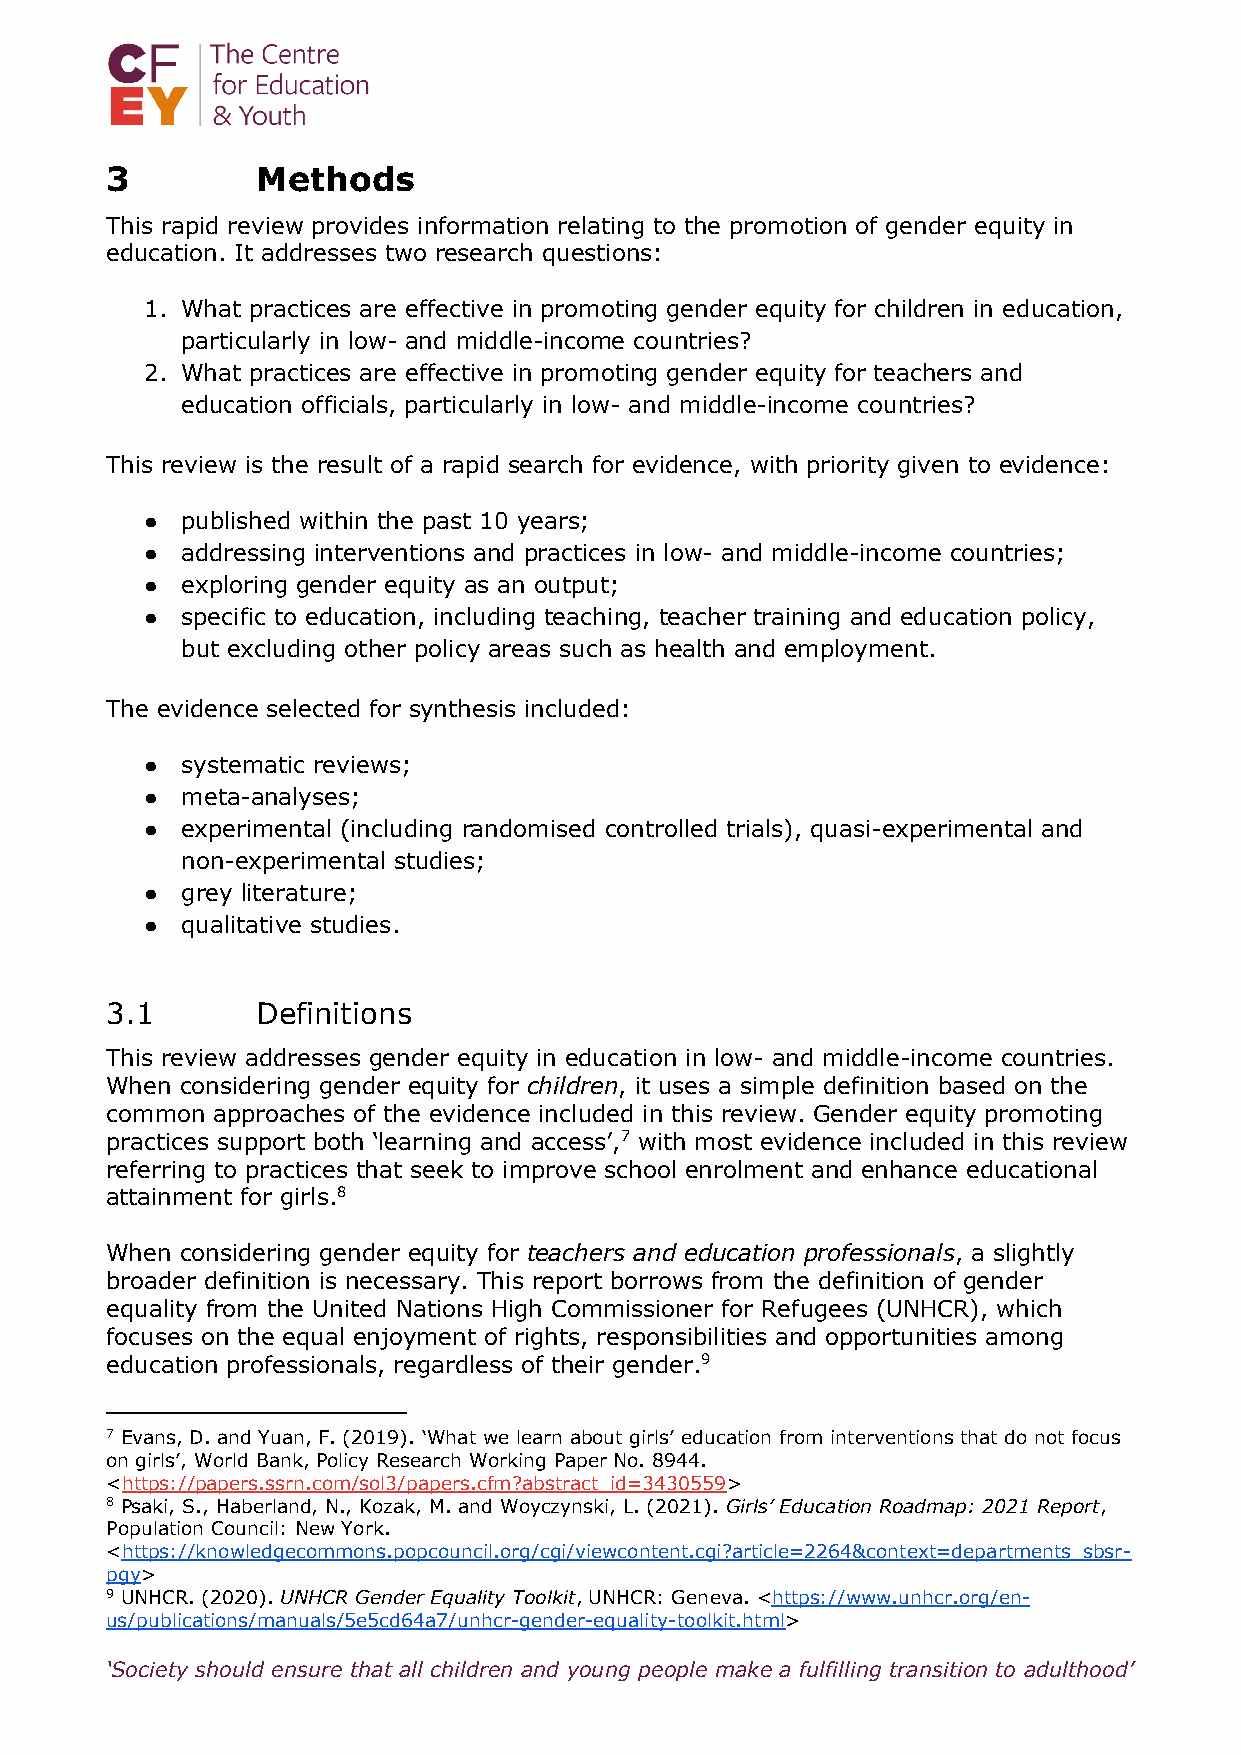
3         Methods
 This rapid review provides information relating to the promotion of gender equity in
 education. It addresses two research questions:
 1. What practices are effective in promoting gender equity for children in education,
 particularly in low- and middle-income countries?
 2. What practices are effective in promoting gender equity for teachers and
 education officials, particularly in low- and middle-income countries?
 This review is the result of a rapid search for evidence, with priority given to evidence:
 ● published within the past 10 years;
 ● addressing interventions and practices in low- and middle-income countries;
 ● exploring gender equity as an output;
 ● specific to education, including teaching, teacher training and education policy,
 but excluding other policy areas such as health and employment.
 The evidence selected for synthesis included:
 ● systematic reviews;
 ● meta-analyses;
 ● experimental (including randomised controlled trials), quasi-experimental and
 non-experimental studies;
 ● grey literature;
 ● qualitative studies.
 3.1       Definitions
 This review addresses gender equity in education in low- and middle-income countries.
 When considering gender equity for children, it uses a simple definition based on the
 common approaches of the evidence included in this review. Gender equity promoting
 practices support both ‘learning and access’,7 with most evidence included in this review
 referring to practices that seek to improve school enrolment and enhance educational
 attainment for girls.8
 When considering gender equity for teachers and education professionals, a slightly
 broader definition is necessary. This report borrows from the definition of gender
 equality from the United Nations High Commissioner for Refugees (UNHCR), which
 focuses on the equal enjoyment of rights, responsibilities and opportunities among
 education professionals, regardless of their gender.9
 7 Evans, D. and Yuan, F. (2019). ‘What we learn about girls’ education from interventions that do not focus
 on girls’, World Bank, Policy Research Working Paper No. 8944.
 <https://papers.ssrn.com/sol3/papers.cfm?abstract_id=3430559>
 8 Psaki, S., Haberland, N., Kozak, M. and Woyczynski, L. (2021). Girls’ Education Roadmap: 2021 Report,
 Population Council: New York.
 <https://knowledgecommons.popcouncil.org/cgi/viewcontent.cgi?article=2264&context=departments_sbsr-
 pgy>
 9 UNHCR. (2020). UNHCR Gender Equality Toolkit, UNHCR: Geneva. <https://www.unhcr.org/en-
 us/publications/manuals/5e5cd64a7/unhcr-gender-equality-toolkit.html>
 ‘Society should ensure that all children and young people make a fulfilling transition to adulthood’